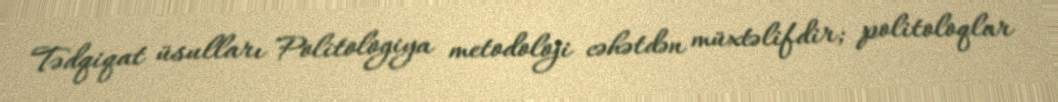
Tədqiqat üsulları Politologiya metodoloji cəhətdən müxtəlifdir; politoloqlar